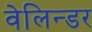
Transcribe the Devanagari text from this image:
वेलिन्डर